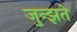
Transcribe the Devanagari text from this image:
जुन्झते